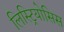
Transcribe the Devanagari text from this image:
लिस्ट्रियोसिस